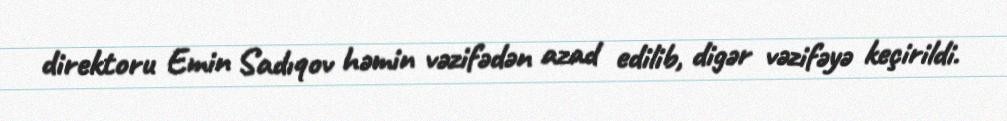
direktoru Emin Sadıqov həmin vəzifədən azad edilib, digər vəzifəyə keçirildi.